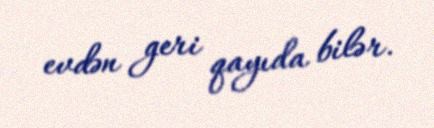
evdən geri qayıda bilər.